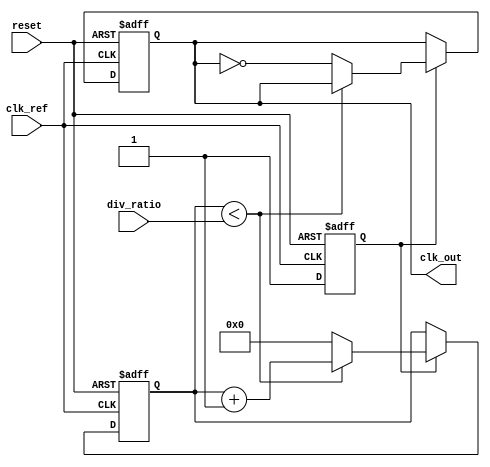
module fractional_PLL (
    input wire clk_ref,         // Reference clock input
    input wire reset,           // Reset signal
    input wire [7:0] div_ratio, // Division ratio from memory blocks
    output reg clk_out          // Output clock signal
);

// Parameters
parameter N = 8;               // Bit width for the counter
parameter VCO_MAX_FREQ = 100;  // Max frequency of VCO
parameter VCO_MIN_FREQ = 10;    // Min frequency of VCO

// Internal signals
reg [N-1:0] counter;           // Counter for frequency division
reg [N-1:0] phase_error;       // Phase error signal
reg [N-1:0] filtered_error;    // Filtered error signal
reg vco_enable;                // VCO enable signal
reg [N-1:0] vco_freq;          // VCO frequency

// Phase Detector (PD)
always @(posedge clk_ref or posedge reset) begin
    if (reset) begin
        phase_error <= 0;
    end else begin
        // Simple phase comparison logic (for illustration)
        if (clk_out) begin
            phase_error <= phase_error + 1; // Increment error if output is high
        end else begin
            phase_error <= phase_error - 1; // Decrement error if output is low
        end
    end
end

// Loop Filter (LF)
always @(posedge clk_ref or posedge reset) begin
    if (reset) begin
        filtered_error <= 0;
    end else begin
        // Simple low-pass filter (first-order)
        filtered_error <= (filtered_error + phase_error) >> 1; // Averaging
    end
end

// Voltage-Controlled Oscillator (VCO)
always @(posedge clk_ref or posedge reset) begin
    if (reset) begin
        vco_freq <= VCO_MIN_FREQ;
        vco_enable <= 0;
    end else begin
        // Adjust VCO frequency based on filtered error
        if (filtered_error > 0) begin
            vco_freq <= vco_freq + 1; // Increase frequency
        end else if (filtered_error < 0) begin
            vco_freq <= vco_freq - 1; // Decrease frequency
        end
        
        // Clamp VCO frequency within limits
        if (vco_freq > VCO_MAX_FREQ) vco_freq <= VCO_MAX_FREQ;
        if (vco_freq < VCO_MIN_FREQ) vco_freq <= VCO_MIN_FREQ;
        
        // Enable VCO
        vco_enable <= 1;
    end
end

// Frequency Divider
always @(posedge clk_ref or posedge reset) begin
    if (reset) begin
        counter <= 0;
        clk_out <= 0;
    end else begin
        if (vco_enable) begin
            if (counter < div_ratio) begin
                counter <= counter + 1;
            end else begin
                counter <= 0;
                clk_out <= ~clk_out; // Toggle output clock
            end
        end
    end
end

endmodule